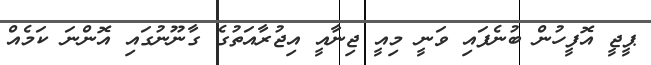
ޕީޖީ އޮފީހުން ބުނެފައި ވަނީ މިއީ ޖިނާއީ އިޖުރާއަތުގެ ގާނޫނުގައި އޮންނަ ކަމެއް